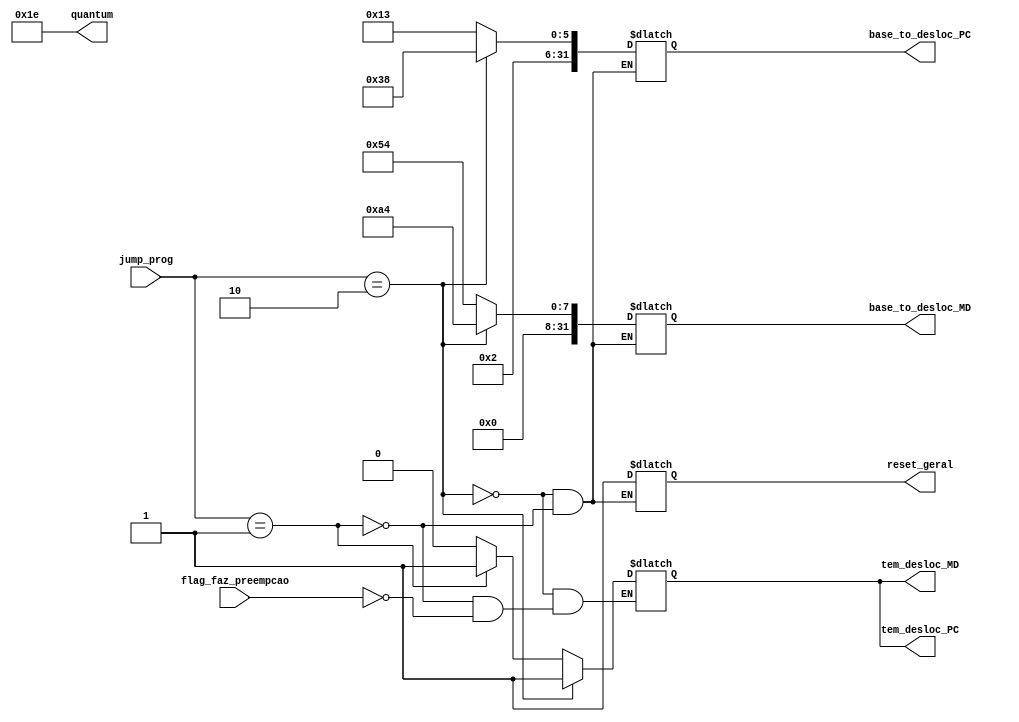
module Gerenciador_de_Preempcao (input flag_faz_preempcao, input [1:0] jump_prog, output reg tem_desloc_PC, output reg tem_desloc_MD,

											output reg [31:0] base_to_desloc_PC, output reg [31:0] base_to_desloc_MD,
											
											output reg reset_geral, output reg [4:0] quantum);

											
	//para a Mem de instrucoes
	
	reg [31:0] base_P1_MI;
	reg [31:0] base_P2_MI;
	

	//para a Mem de Dados
	
	reg [31:0] base_P1_MD;
	reg [31:0] base_P2_MD;
	
		
	
	initial begin
	
		//porque assim as chaves do mux vao selecionar apenas pro primeiro bloco de codigo (SO)
		tem_desloc_PC = 0;
		tem_desloc_MD = 0;
		
		//slots da memoria de dados para os processos 1 e 2
		base_P1_MD = 84;
		base_P2_MD = 164;
		
		//limites dentro da memoria de instrucoes
		base_P1_MI = 147;
		base_P2_MI = 184;
		
		//definindo o quantum
		quantum = 30;
	
	end
	
	
	
	
	always @ (*) begin
	
		if (flag_faz_preempcao == 1) begin //volte para o SO (teve preemp ou viu um HALT)
		
			tem_desloc_PC = 0;
			tem_desloc_MD = 0;
			
			//reset_geral = 1; //por enquanto nao estou mais usando
		
		end
		
		if (jump_prog == 1) begin //pule para o programa 1
		
			
			base_to_desloc_PC = base_P1_MI;
			base_to_desloc_MD = base_P1_MD;
			
			tem_desloc_PC = 1;
			tem_desloc_MD = 1;
			
			reset_geral = 1;
			
		
		end
		
		if (jump_prog == 2) begin //pule para o programa 2
		
			base_to_desloc_PC = base_P2_MI;
			base_to_desloc_MD = base_P2_MD;
			
			tem_desloc_PC = 1;
			tem_desloc_MD = 1;
			
			reset_geral = 1;
			
		
		end
		
	end
	

endmodule